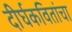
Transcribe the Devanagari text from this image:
दीर्घकवितांचा